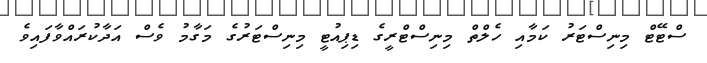
ސްޓޭޓް މިނިސްޓަރު ކަމާއި ހެލްތް މިނިސްޓްރީގެ ޑިޕިއުޓީ މިނިސްޓަރުގެ މަގާމު ވެސް އަދާކުރައްވާފައިވެ